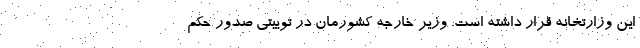
این وزارتخانه قرار داشته است. وزیر خارجه کشورمان در توییتی صدور حکم